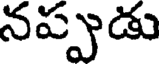
నప్పుడు